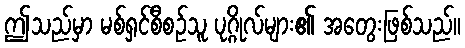
ဤသည်မှာ မစ်ရှင်စီစဉ်သူ ပုဂ္ဂိုလ်များ၏ အတွေးဖြစ်သည်။